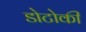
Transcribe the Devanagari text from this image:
डोटोकी